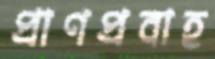
প্রাণপ্রবাহ